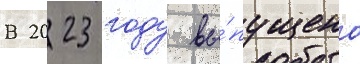
В 2023 году вы́пущено